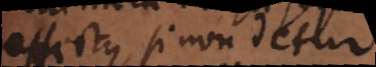
effectus, si non detur